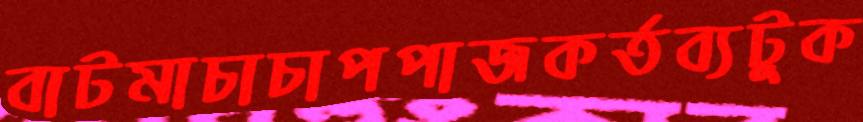
বাটমাচাচাপপাজকর্তব্যটুক